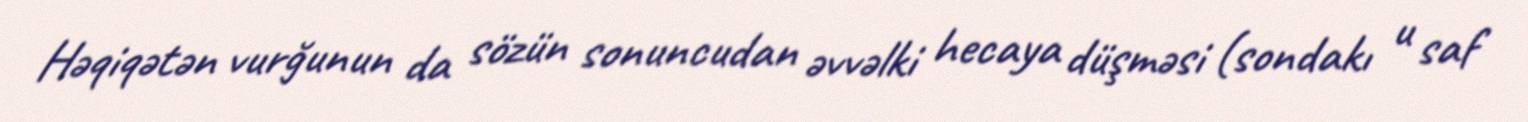
Həqiqətən vurğunun da sözün sonuncudan əvvəlki hecaya düşməsi (sondakı u saf